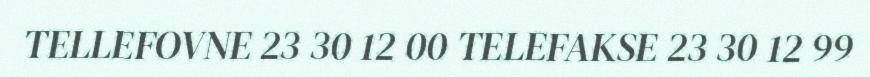
TELLEFOVNE 23 30 12 00 TELEFAKSE 23 30 12 99